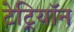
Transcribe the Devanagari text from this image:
टेट्रियॉन